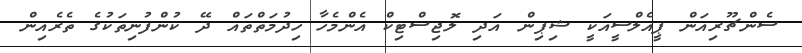
ސެންޗޫރިއަން ޕީއެލްސީއަކީ ޝިޕިން އަދި ލޮޖިސްޓިކް އެންމެހާ ހިދުމަތްތައް ދޭ ކުންފުނިތަކުގެ ތެރެއިން